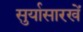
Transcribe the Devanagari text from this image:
सुर्यासारखें